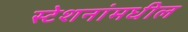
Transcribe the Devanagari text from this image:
स्टेशनांमधील